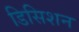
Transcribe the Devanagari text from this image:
डिसिशन